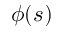
\phi ( s )